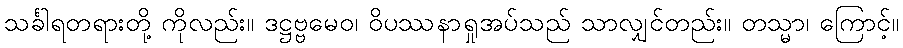
သင်္ခါရတရားတို့ ကိုလည်း။ ဒဋ္ဌဗ္ဗမေဝ၊ ဝိပဿနာရှုအပ်သည် သာလျှင်တည်း။ တသ္မာ၊ ကြောင့်။